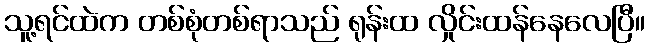
သူ့ရင်ထဲက တစ်စုံတစ်ရာသည် ရုန်းထ လှိုင်းထန်နေလေပြီ။